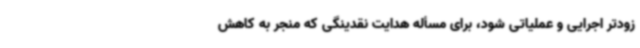
زودتر اجرایی و عملیاتی شود، برای مسأله هدایت نقدینگی که منجر به کاهش